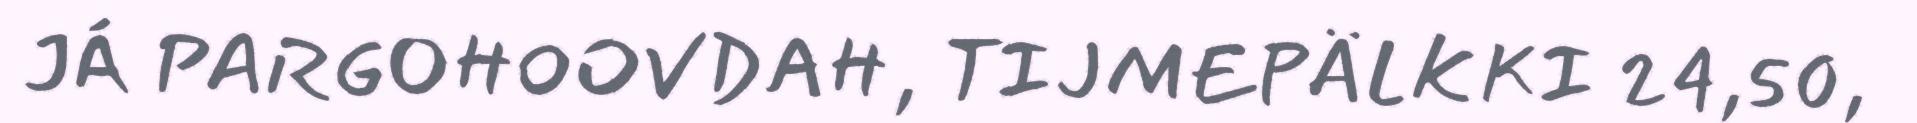
JÁ PARGOHOOVDAH, TIJMEPÄLKKI 24,50,